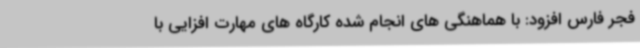
فجر فارس افزود: با هماهنگی های انجام شده کارگاه های مهارت افزایی با